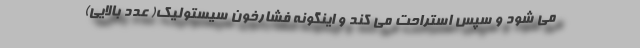
می شود و سپس استراحت می کند و اینگونه فشارخون سیستولیک( عدد بالایی)